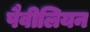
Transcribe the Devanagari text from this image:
पैवीलियन